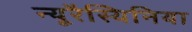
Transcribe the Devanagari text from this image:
न्यूरैस्थिनिया